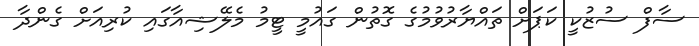
ސާފް ސުޒުކީ ކަޕަށް ތައްޔާރުވުމުގެ ގޮތުން ގައުމީ ޓީމު މެލޭޝިއާގައި ކުރިއަށް ގެންދާ